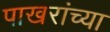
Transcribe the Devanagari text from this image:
पाखरांच्या